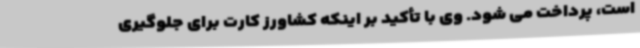
است، پرداخت می شود. وی با تأکید بر اینکه کشاورز کارت برای جلوگیری